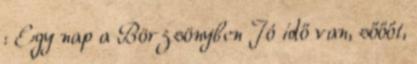
: Egy nap a Börzsönyben Jó idő van, sőőőt,